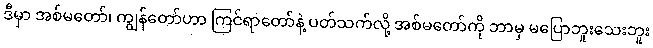
ဒီမှာ အစ်မတော်၊ ကျွန်တော်ဟာ ကြင်ရာတော်နဲ့ ပတ်သက်လို့ အစ်မတော်ကို ဘာမှ မပြောဘူးသေးဘူး